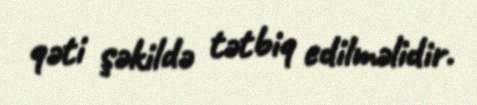
qəti şəkildə tətbiq edilməlidir.